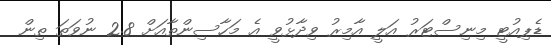
ޑެޕިއުޓީ މިނިސްޓަރު އަލީ އާމިރު ވިދާޅުވީ އެ މަހާސިންތާއަށް 2.8 ނުވަތަ ތިން